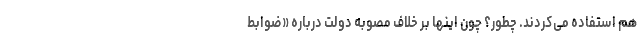
هم استفاده می‌کردند. چطور؟ چون اینها بر خلاف مصوبه دولت درباره «ضوابط